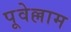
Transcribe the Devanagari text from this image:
पूवेल्लाम